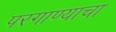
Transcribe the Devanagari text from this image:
परगाण्याचा